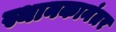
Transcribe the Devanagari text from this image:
स्थानकानंतर